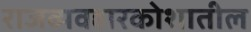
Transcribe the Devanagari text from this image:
राजव्यवहारकोशातील